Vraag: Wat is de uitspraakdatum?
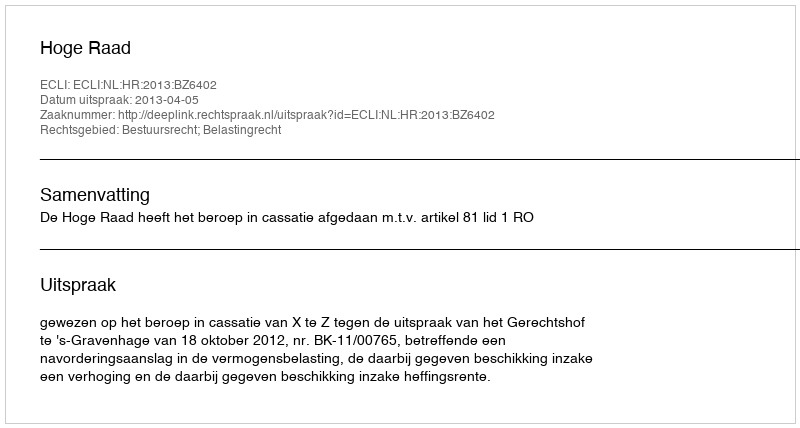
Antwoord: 2013-04-05